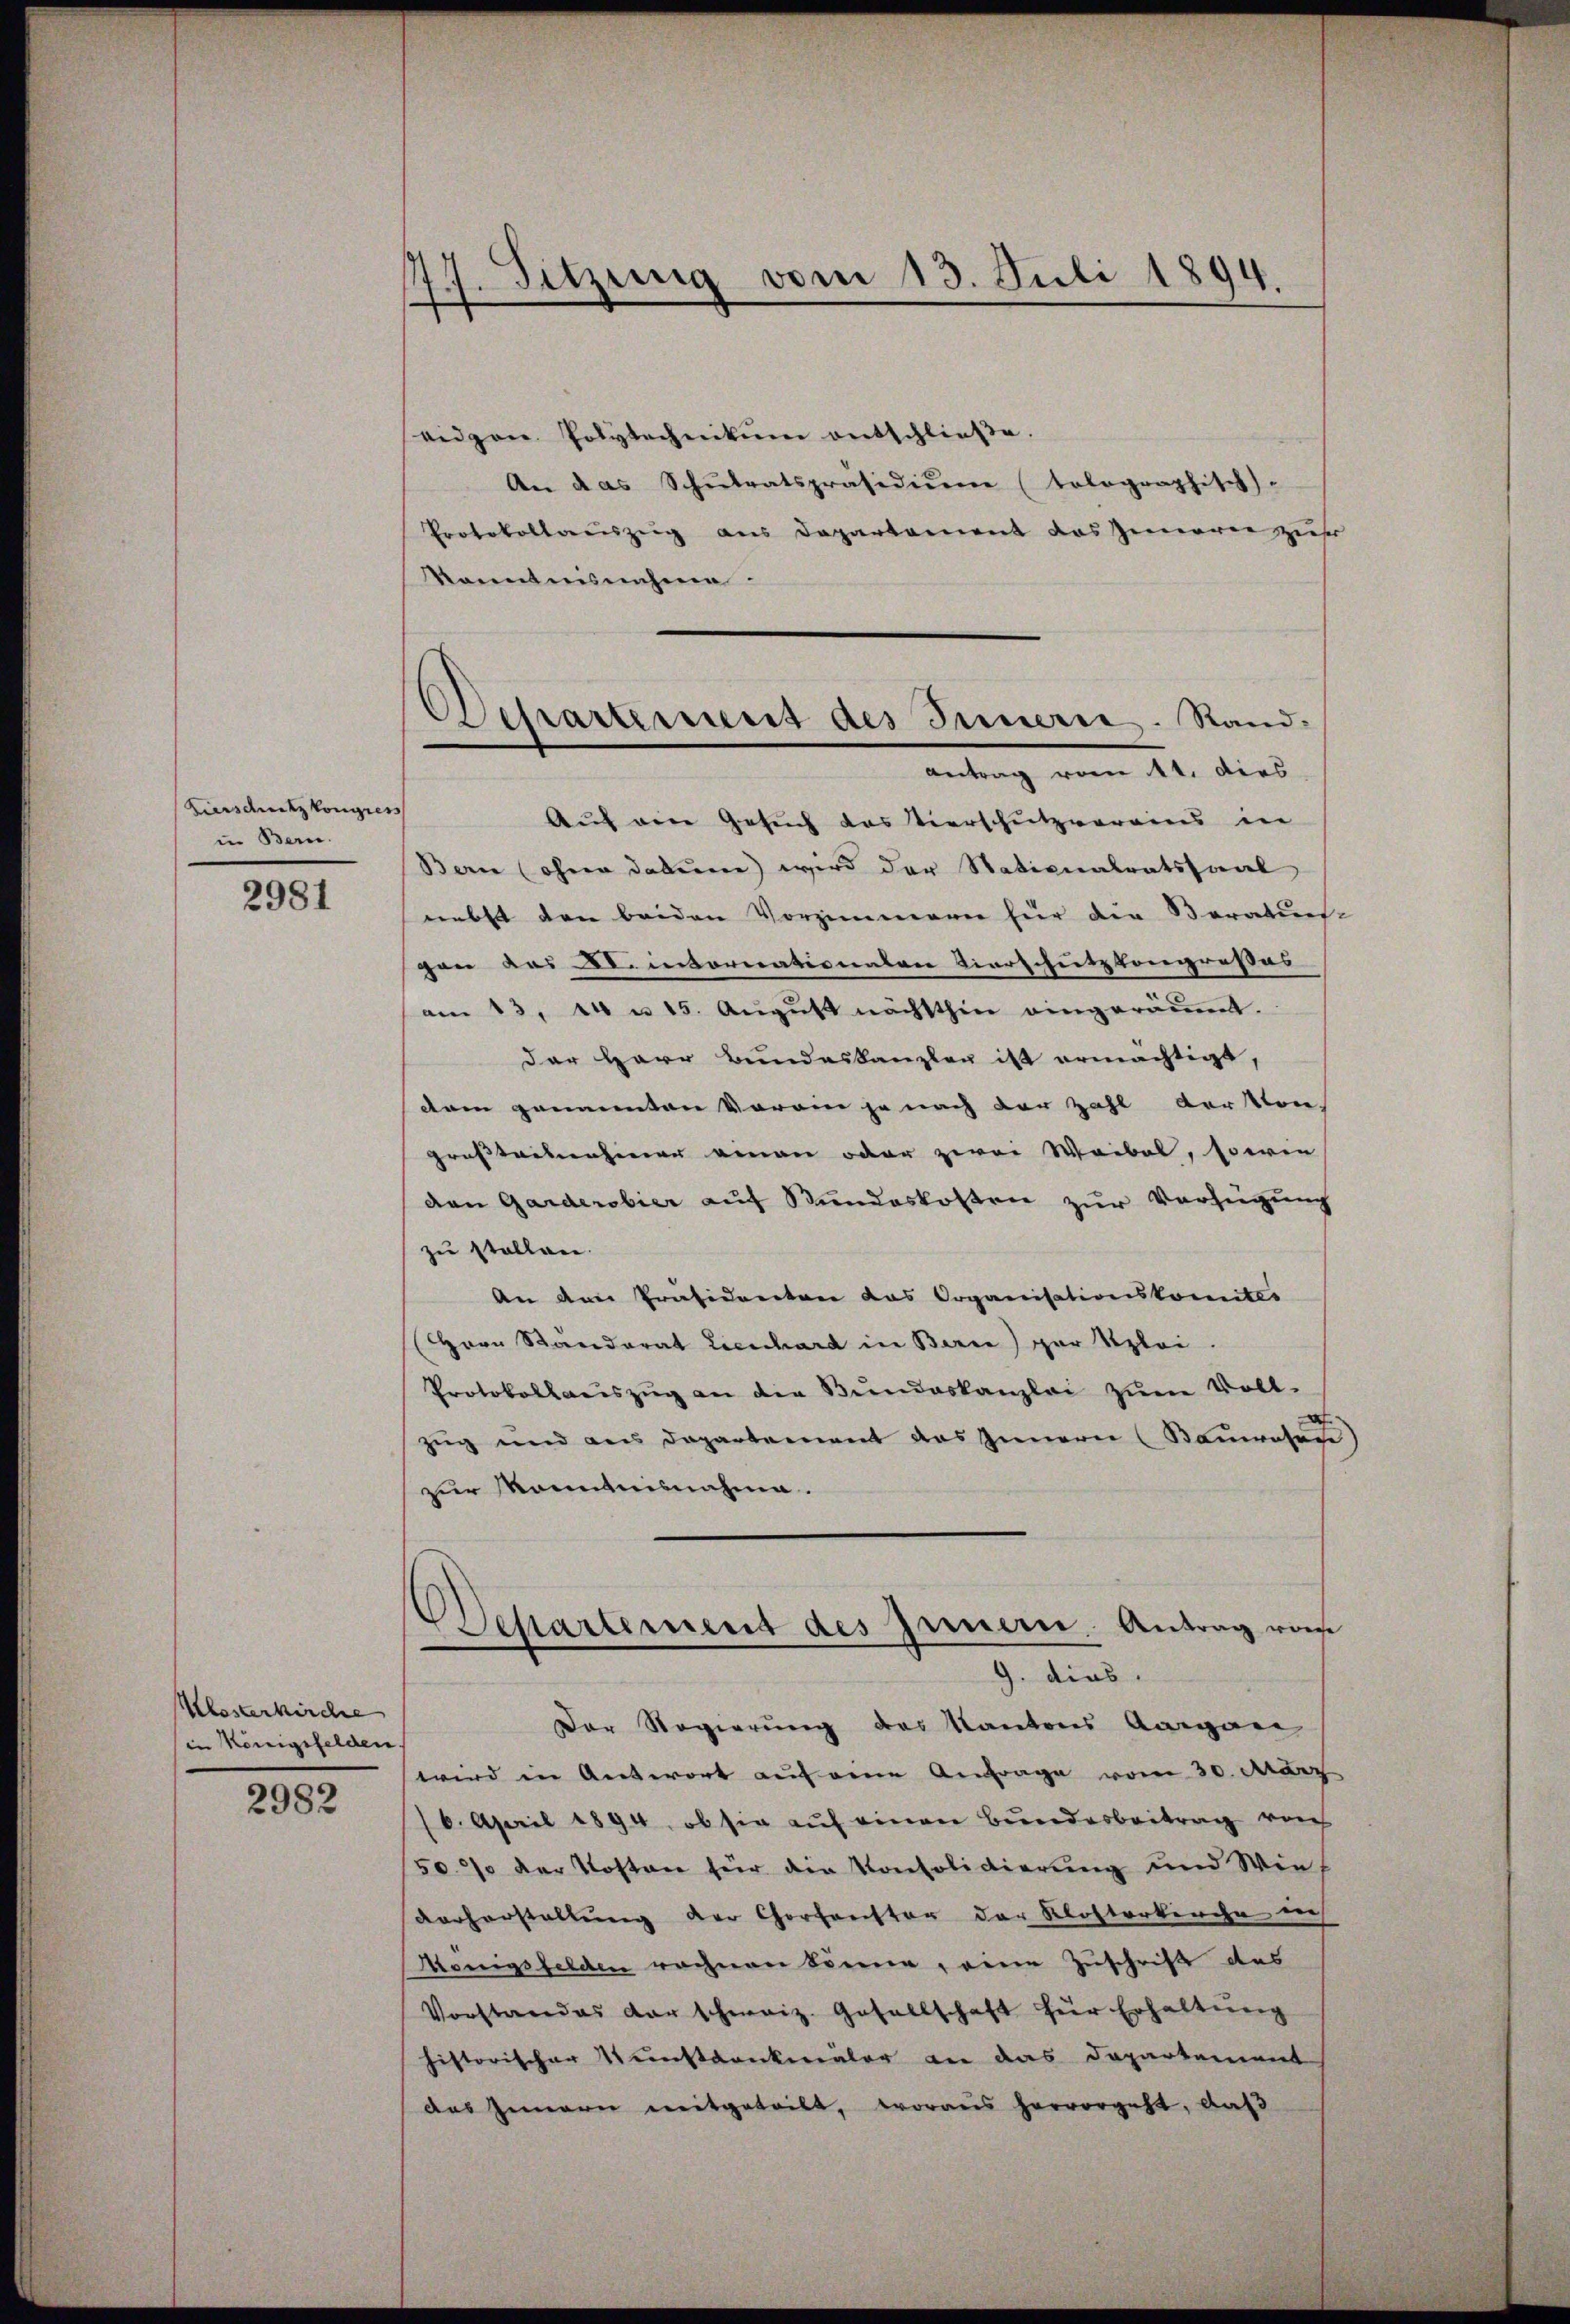
Zirsdruck kongress
in Bern.

2981

Klesterkirche
in Königsfelden.

2982

177. Sitzung vom 13. Juli 1894.
x

eidgen Polytechnikum entschließe.
An das Schŭlratspräsidiŭm (tolographisch-
Protokollauszug aus Departement das Zimern zu
kanntnisnahme
Auf ein Gesuch das Vierschutzvoreins in
Ban (ohne datum) wird der Nationalratssaal
nebst den beiden Vorzimmern für die Beratus-
gen des C. internationalen Vierschutzkongresses
am 13. 14 u. 15. August nächsthin eingeräumt.
Der Herr Bundeskanzler ist ermächtigt
dem genannten Voran je nach der Zahl der Ston
großteilnahmen einen oder zwei Waibel, sowie
den Garderobier auf Stundeskosten zur Verfügung
zu stellen.
An den Präsidenten das Organisationskomites
Hrrn Standerat Lienhard in Berie) zur Sploi.
Protokollaŭszŭg an die Bŭndeskanzlei zŭm Voll-
zug und aus Departement das Innern (Bauerasad
zur Manntnisnahme.

Dessartement des Innern. Sandantrag vom 14. dies

Desartement des Innern Antrag vom
G. dies

Der Regierung des Kantons Aargare
wird in Antwort auf eine Anfrage vom 30. März
16. April 1894, ob sie auf einen Bundesbeitrag von
50% der Kosten für die Konsolidierung und Wie¬
Vorherstellung der Chorfanstor der Klosterkirche is
Königsfelden rochen könne, eine Zuschrift des
Vorstandes der schweiz. Gesellschaft für Erhaltŭng
historischer Kunstankmäler an das Departement
das Innern mitgeteilt, woraus hervorgeht, daß